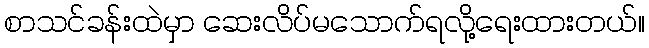
စာသင်ခန်းထဲမှာ ဆေးလိပ်မသောက်ရလို့ရေးထားတယ်။